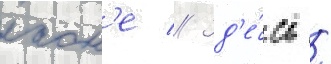
лаон'е // Зд'е́сь /